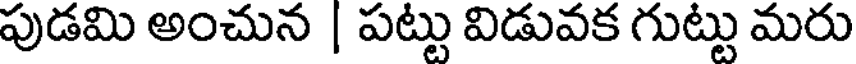
పుడమి అంచున | పట్టు విడువక గుట్టు మరు